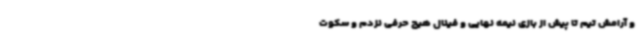
و آرامش تیم تا پیش از بازی نیمه نهایی و فینال هیچ حرفی نزدم و سکوت